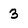
Character: 3